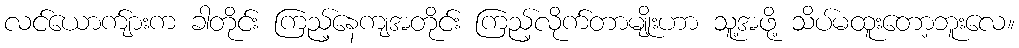
လင်ယောက်ျားက ခါတိုင်း ကြည့်နေကျအတိုင်း ကြည့်လိုက်တာမျိုးဟာ သူ့အဖို့ သိပ်မထူးတော့ဘူးလေ။